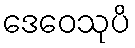
ဒေဝေသုပိ